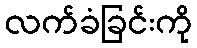
လက်ခံခြင်းကို